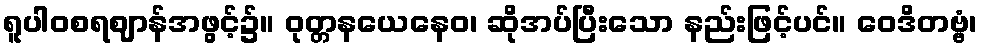
ရူပါဝစရဈာန်အဖွင့်၌။ ဝုတ္တနယေနေဝ၊ ဆိုအပ်ပြီးသော နည်းဖြင့်ပင်။ ဝေဒိတဗ္ဗံ၊